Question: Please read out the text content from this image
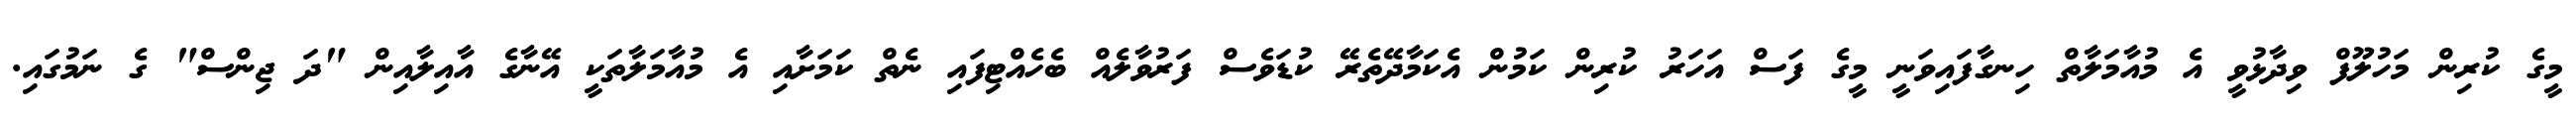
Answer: މީގެ ކުރިން މަހުލޫފް ވިދާޅުވީ އެ މުއާމަލާތް ހިނގާފައިވަނީ މީގެ ފަސް އަހަރު ކުރިން ކަމުން އެކަމާދޭތެރޭ ކުޑަވެސް ފަރުވާލެއް ބެހެއްޓިފައި ނެތް ކަމަށާއި އެ މުއާމަލާތަކީ އޭނާގެ އާއިލާއިން "ދަ ޖިންސް" ގެ ނަމުގައި.